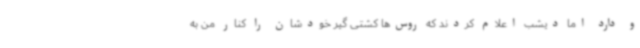
و دارد اما دیشب اعلام کردند که روس‌ها کشتی گیر خودشان را کنار من به